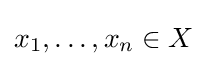
x_{1},\ldots ,x_{n}\in X